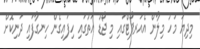
މިދިޔަ މަހު މިލާން އެއަރޕޯޓްގައި މި ޖޯޑު އަތުގައި ހިފައިގެން ހިނގާފައި ދަނިކޮށް